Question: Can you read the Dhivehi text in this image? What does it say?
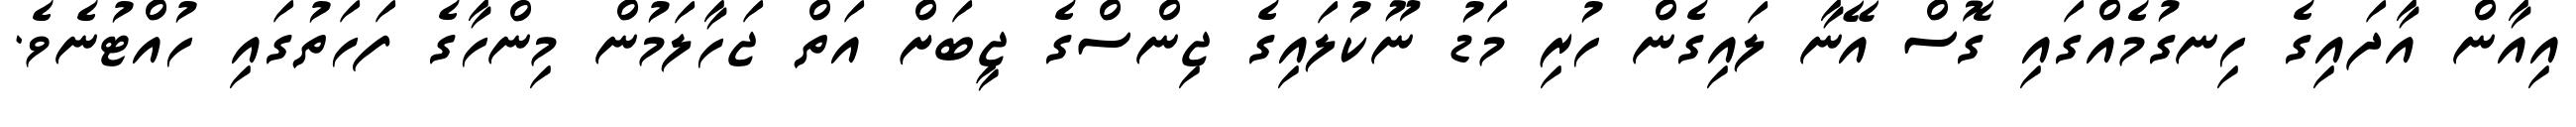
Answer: އިއާން އާދައިގެ ހިނގުމެއްގައި ގޮސް އޭނާ ލައިގެން ހުރި މަޑު ނޫކުލައިގެ ޖިންސްގެ ޖީބަށް އަތް ޖަހާލަމުން މިންހާގެ ފަހަތުގައި ހުއްޓުނެވެ.